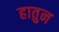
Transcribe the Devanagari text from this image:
हातुन